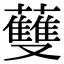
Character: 𧄐